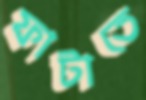
ফাটাতে